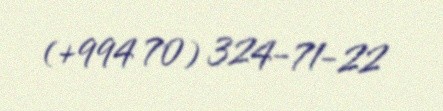
(+994 70) 324-71-22